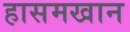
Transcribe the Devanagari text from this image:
हासमखान